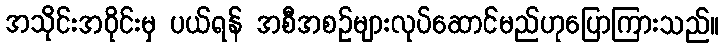
အသိုင်းအဝိုင်းမှ ပယ်ရန် အစီအစဉ်များလုပ်ဆောင်မည်ဟုပြောကြားသည်။